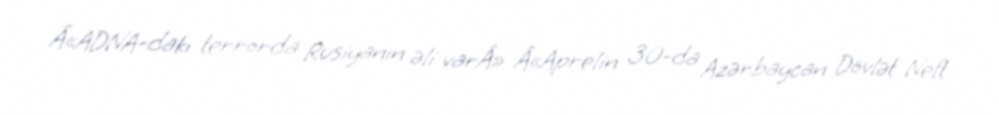
Â«ADNA-dakı terrorda Rusiyanın əli varÂ» Â«Aprelin 30-da Azərbaycan Dövlət Neft